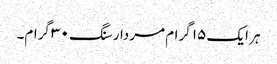
ہر ایک ۱۵ گرام مردار سنگ ۳۰ گرام۔